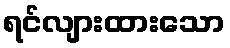
ရင်လျားထားသော